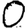
Digit: 0